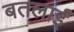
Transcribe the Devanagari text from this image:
बतलाईं